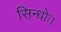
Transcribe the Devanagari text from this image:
सिन्धोः।